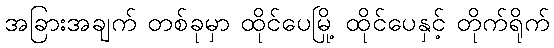
အခြားအချက် တစ်ခုမှာ ထိုင်ပေမြို့ ထိုင်ပေနှင့် တိုက်ရိုက်